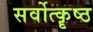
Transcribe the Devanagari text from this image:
सर्वोत्कॄष्ठ